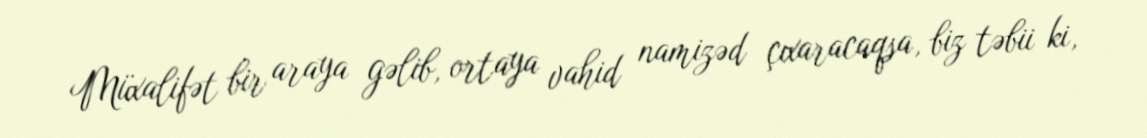
Müxalifət bir araya gəlib, ortaya vahid namizəd çıxaracaqsa, biz təbii ki,